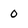
Character: 0